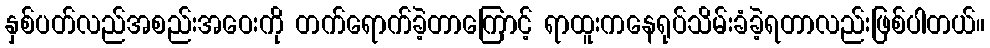
နှစ်ပတ်လည်အစည်းအဝေးကို တက်ရောက်ခဲ့တာကြောင့် ရာထူးကနေရုပ်သိမ်းခံခဲ့ရတာလည်းဖြစ်ပါတယ်။